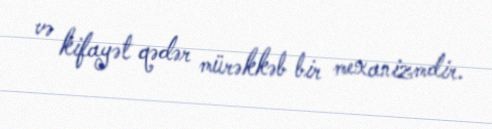
və kifayət qədər mürəkkəb bir mexanizmdir.